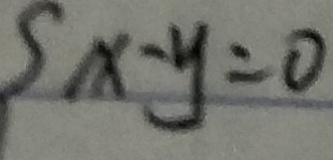
x - y = 0